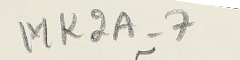
MK2A-7